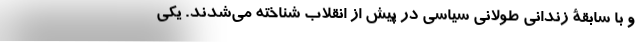
و با سابقۀ زندانی طولانی سیاسی در پیش از انقلاب شناخته می‌شدند. یکی